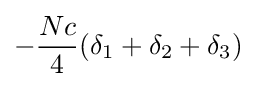
-{\frac {Nc}{4}}(\delta _{1}+\delta _{2}+\delta _{3})